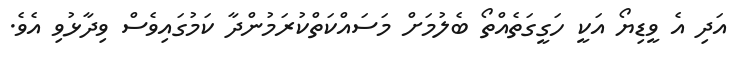
އަދި އެ ވީޑިޔޯ އަކީ ހަގީގަތެއްތޯ ބެލުމަށް މަސައްކަތްކުރަމުންދާ ކަމުގައިވެސް ވިދާޅުވި އެވެ.